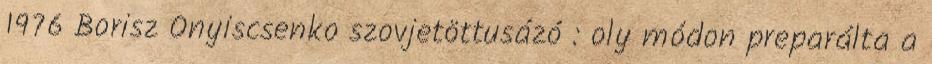
1976 Borisz Onyiscsenko szovjetöttusázó : oly módon preparálta a